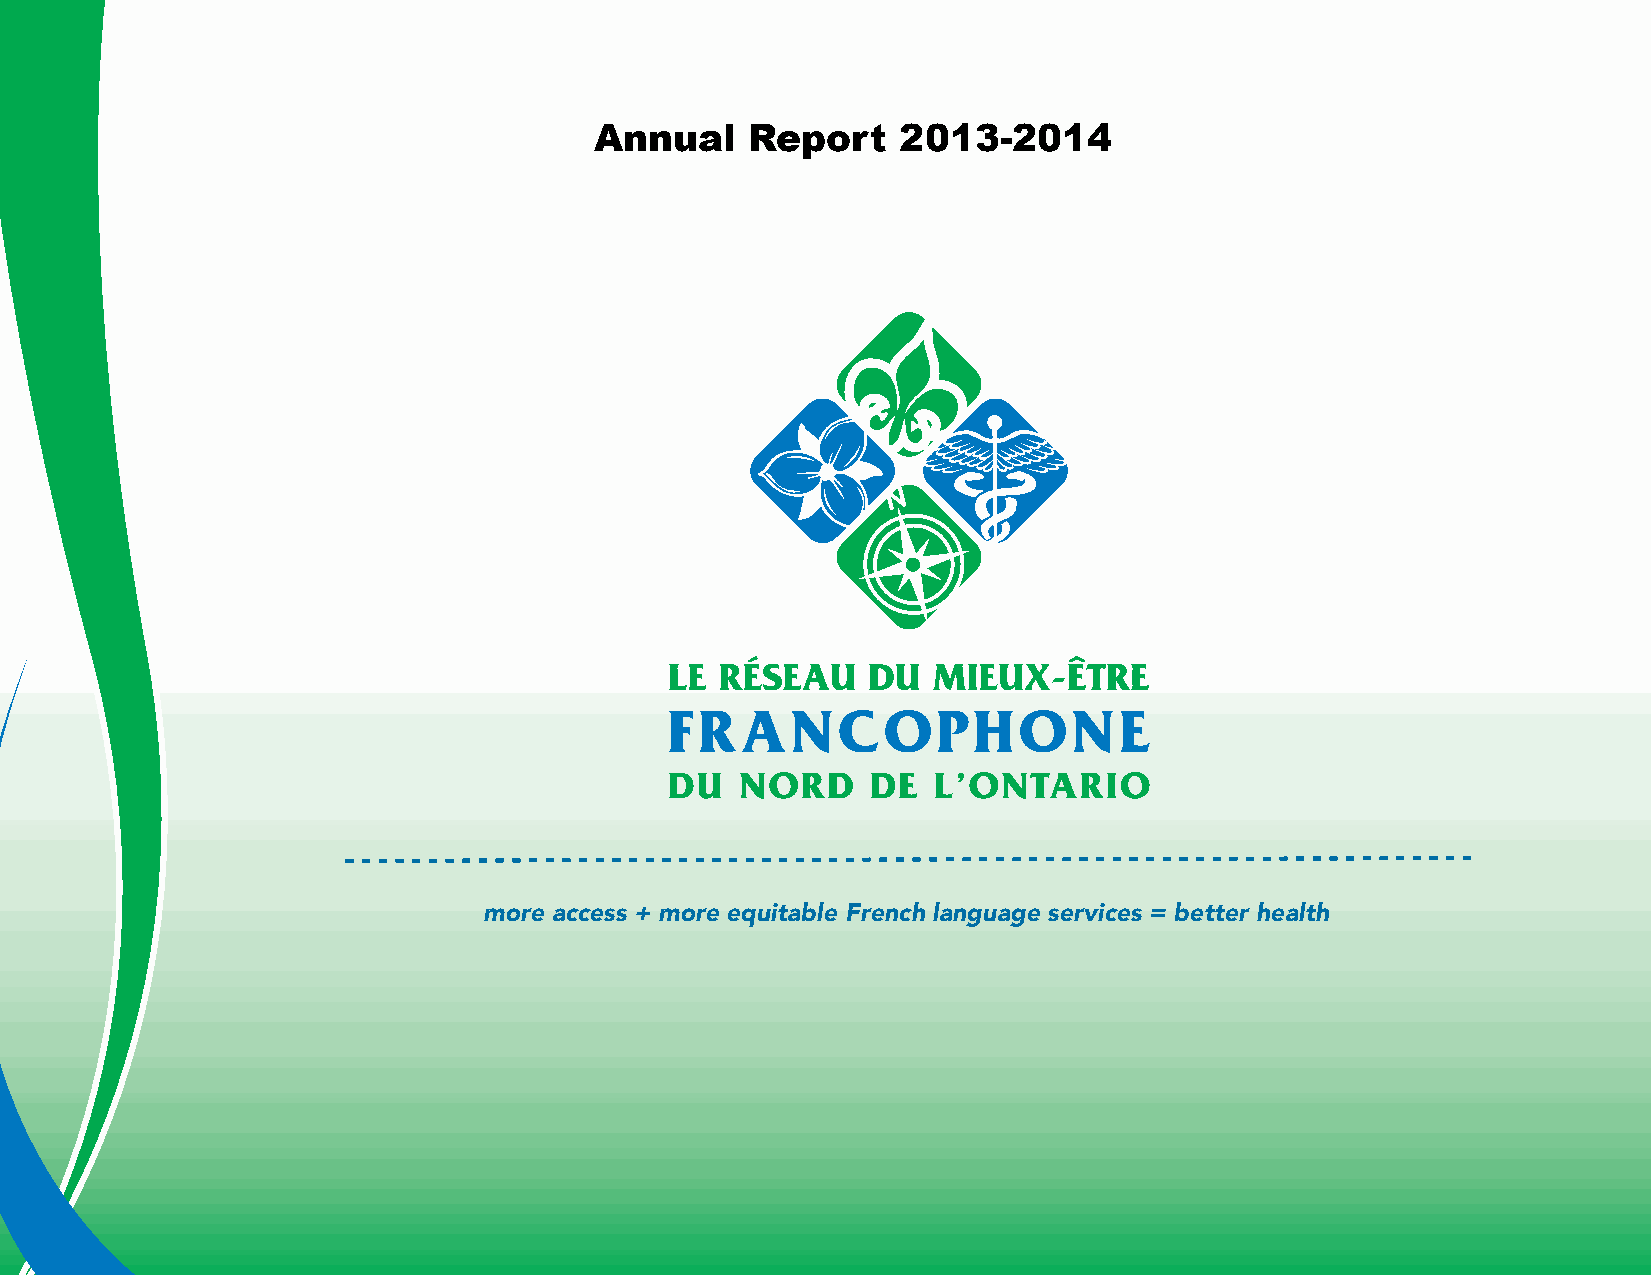
Annual     Report    2013-2014
 more access + more equitable French language services = better health